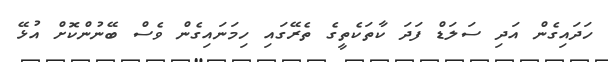
ހަދައިގެން އަދި ސަލަޑް ފަދަ ކާތަކެތީގެ ތެރޭގައި ހިމަނައިގެން ވެސް ބޭނުންކޮށް އުޅޭ